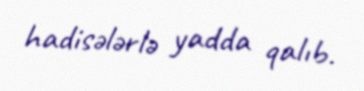
hadisələrlə yadda qalıb.